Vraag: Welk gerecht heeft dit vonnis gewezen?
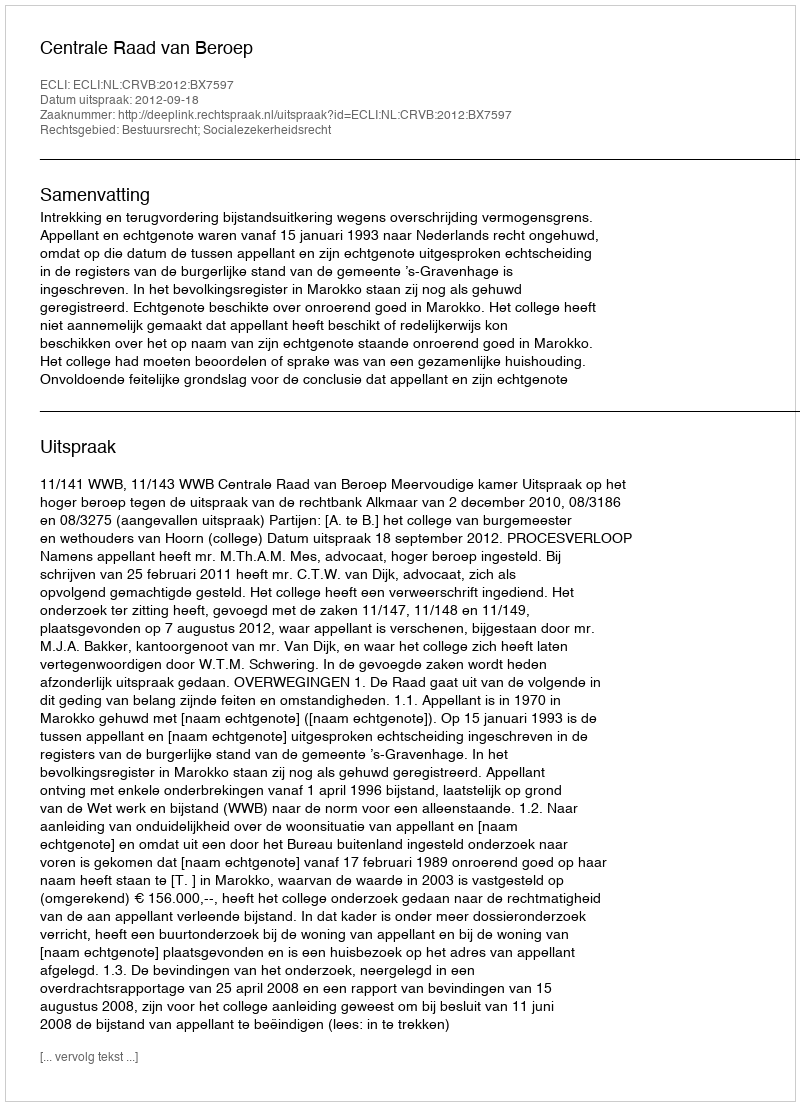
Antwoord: Centrale Raad van Beroep